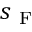
s _ { \mathrm { ~ F ~ } }